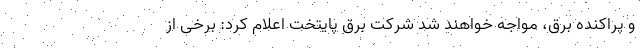
و پراکنده برق، مواجه خواهند شد شرکت برق پایتخت اعلام کرد: برخی از